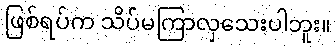
ဖြစ်ရပ်က သိပ်မကြာလှသေးပါဘူး။